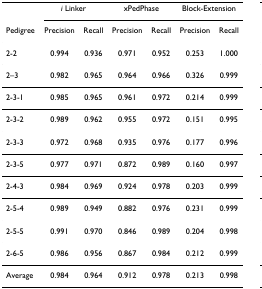
<table><thead><tr><td></td><td colspan="2"><b><i>i </i>Linker</b></td><td colspan="2"><b>xPedPhase</b></td><td colspan="2"><b>Block-Extension</b></td></tr><tr><td><b>Pedigree</b></td><td><b>Precision</b></td><td><b>Recall</b></td><td><b>Precision</b></td><td><b>Recall</b></td><td><b>Precision</b></td><td><b>Recall</b></td></tr></thead><tbody><tr><td>2-2</td><td>0.994</td><td>0.936</td><td>0.971</td><td>0.952</td><td>0.253</td><td>1.000</td></tr><tr><td>2–3</td><td>0.982</td><td>0.965</td><td>0.964</td><td>0.966</td><td>0.326</td><td>0.999</td></tr><tr><td>2-3-1</td><td>0.985</td><td>0.965</td><td>0.961</td><td>0.972</td><td>0.214</td><td>0.999</td></tr><tr><td>2-3-2</td><td>0.989</td><td>0.962</td><td>0.955</td><td>0.972</td><td>0.151</td><td>0.995</td></tr><tr><td>2-3-3</td><td>0.972</td><td>0.968</td><td>0.935</td><td>0.976</td><td>0.177</td><td>0.996</td></tr><tr><td>2-3-5</td><td>0.977</td><td>0.971</td><td>0.872</td><td>0.989</td><td>0.160</td><td>0.997</td></tr><tr><td>2-4-3</td><td>0.984</td><td>0.969</td><td>0.924</td><td>0.978</td><td>0.203</td><td>0.999</td></tr><tr><td>2-5-4</td><td>0.989</td><td>0.949</td><td>0.882</td><td>0.976</td><td>0.231</td><td>0.999</td></tr><tr><td>2-5-5</td><td>0.991</td><td>0.970</td><td>0.846</td><td>0.989</td><td>0.204</td><td>0.998</td></tr><tr><td>2-6-5</td><td>0.986</td><td>0.956</td><td>0.867</td><td>0.984</td><td>0.212</td><td>0.999</td></tr><tr><td>Average</td><td>0.984</td><td>0.964</td><td>0.912</td><td>0.978</td><td>0.213</td><td>0.998</td></tr></tbody></table>